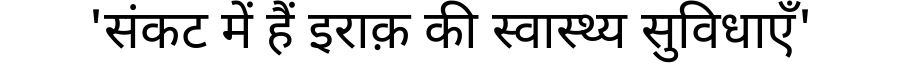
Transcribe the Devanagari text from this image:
'संकट में हैं इराक़ की स्वास्थ्य सुविधाएँ'